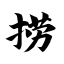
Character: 捞